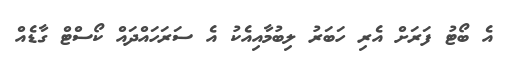
އެ ބޯޓު ފަރަށް އެރި ހަބަރު ލިބުމާއިއެކު އެ ސަރަހައްދައް ކޯސްޓް ގާޑެއް